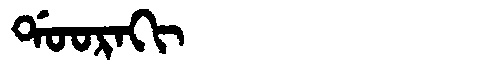
Manchu: ᡩᠣᠣᡵᠠᡴᡳ
Romanization: DOORAKI